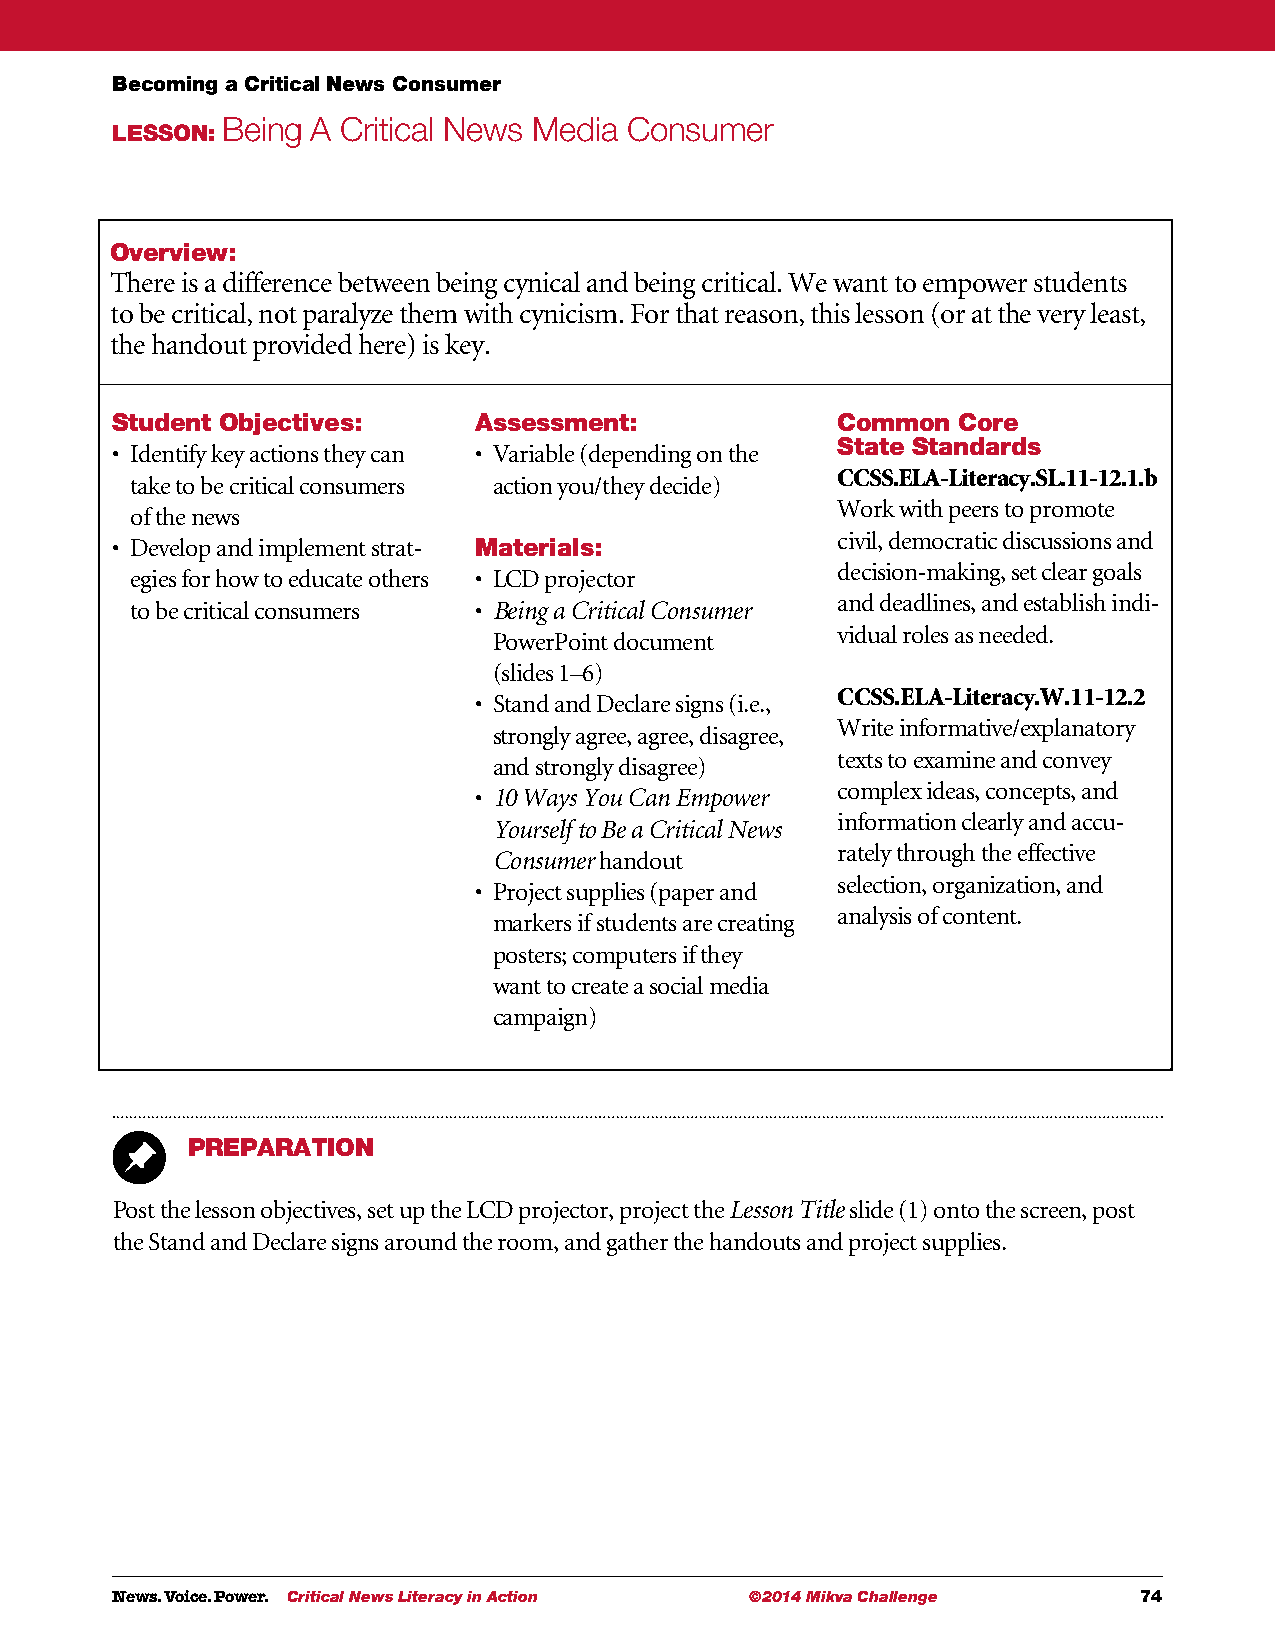
Becoming a Critical News Consumer
 Being A Critical News Media Consumer
 LESSON:
 Overview:
 There is a difference between being cynical and being critical. We want to empower students
 to be critical, not paralyze them with cynicism. For that reason, this lesson (or at the very least,
 the handout provided here) is key.
 Student Objectives:     Assessment:             Common  Core
 State Standards
 • I dentify key actions they can • V ariable (depending on the
 CCSS.ELA-Literacy.SL.11-12.1.b
 take to be critical consumers action you/they decide)
 Work with peers to promote
 of the news
 civil, democratic discussions and
 • D evelop and implement strat- Materials:
 decision-making, set clear goals
 egies for how to educate others • L CD projector
 and deadlines, and establish indi-
 to be critical consumers • B eing a Critical Consumer
 vidual roles as needed.
 PowerPoint document
 (slides 1–6)
 CCSS.ELA-Literacy.W.11-12.2
 • S tand and Declare signs (i.e.,
 Write informative/explanatory
 strongly agree, agree, disagree,
 texts to examine and convey
 and strongly disagree)
 complex ideas, concepts, and
 • 1 0 Ways You Can Empower
 information clearly and accu-
 Yourself to Be a Critical News
 rately through the effective
 Consumer handout
 selection, organization, and
 • P roject supplies (paper and
 analysis of content.
 markers if students are creating
 posters; computers if they
 want to create a social media
 campaign)
 PREPARATION
 Post the lesson objectives, set up the LCD projector, project the Lesson Title slide (1) onto the screen, post
 the Stand and Declare signs around the room, and gather the handouts and project supplies.
 News. Voice. Power. Critical News Literacy in Action ©2014 Mikva Challenge 74